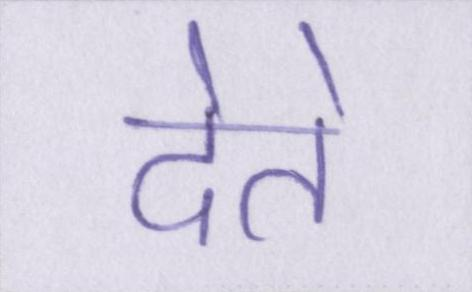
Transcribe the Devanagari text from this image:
देते